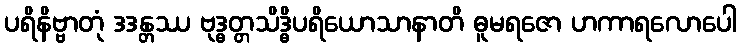
ပရိနိဗ္ဗာတုံ ဒဒန္တဿ ဗုဒ္ဓတ္တသိဒ္ဓိပရိယောသာနာတိ ဓူမရဇော ဟကာရလောပေါ